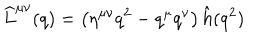
LaTeX: \widehat L ^ { \mu \nu } ( q ) = \left( \eta ^ { \mu \nu } q ^ { 2 } - q ^ { \mu } q ^ { \nu } \right) \hat { h } ( q ^ { 2 } )